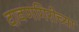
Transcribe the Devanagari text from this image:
दावणगिरीच्या